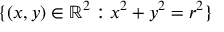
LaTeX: \{ ( x , y ) \in \mathbb { R } ^ { 2 } : x ^ { 2 } + y ^ { 2 } = r ^ { 2 } \}